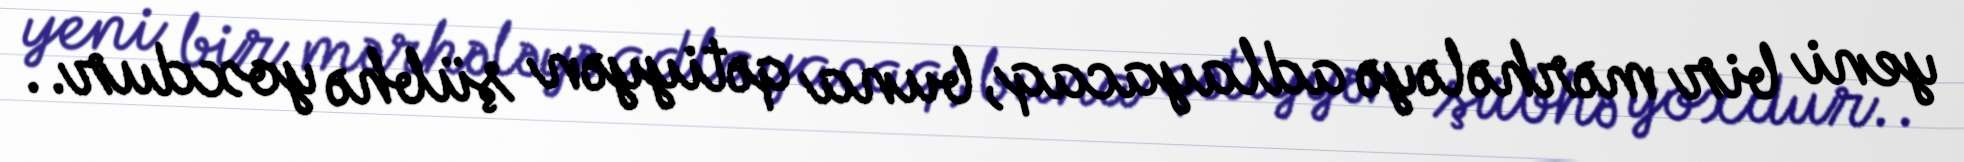
yeni bir mərhələyə adlayacaq, buna qətiyyən şübhə yoxdur..